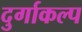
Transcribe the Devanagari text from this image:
दुर्गाकल्प